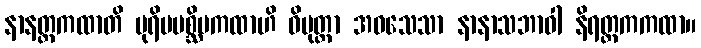
နာနတ္တကထာတိ ပုရိမပစ္ဆိမကထာဟိ ဝိမုတ္တာ အဝသေသာ နာနာသဘာဝါ နိရတ္ထကကထာ။